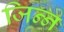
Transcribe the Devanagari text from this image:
जिन्‍न